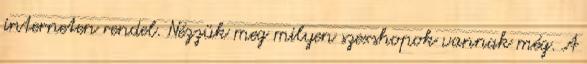
interneten rendel. Nézzük meg milyen szexshopok vannak még. A